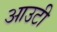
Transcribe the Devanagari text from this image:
आउटी